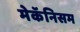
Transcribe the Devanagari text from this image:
मेकॅनिसम